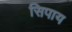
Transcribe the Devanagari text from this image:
सिपाय